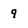
Character: 9